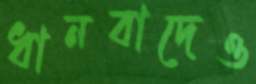
ধানবাদেও